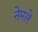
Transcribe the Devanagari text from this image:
नेमलें